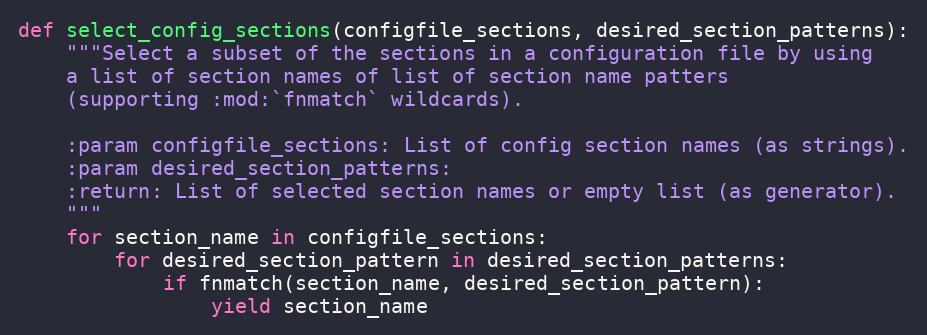
Language: Python
def select_config_sections(configfile_sections, desired_section_patterns):
    """Select a subset of the sections in a configuration file by using
    a list of section names of list of section name patters
    (supporting :mod:`fnmatch` wildcards).

    :param configfile_sections: List of config section names (as strings).
    :param desired_section_patterns:
    :return: List of selected section names or empty list (as generator).
    """
    for section_name in configfile_sections:
        for desired_section_pattern in desired_section_patterns:
            if fnmatch(section_name, desired_section_pattern):
                yield section_name